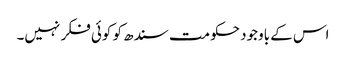
اس کے باوجود حکومت سندھ کو کوئی فکر نہیں۔